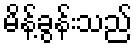
မိန့်ခွန်းသည်